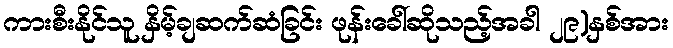
ကားစီးနိုင်သူ နှိမ့်ချဆက်ဆံခြင်း ဖုန်းခေါ်ဆိုသည့်အခါ ၂၉)နှစ်အား